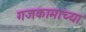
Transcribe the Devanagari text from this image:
गजकामाच्या